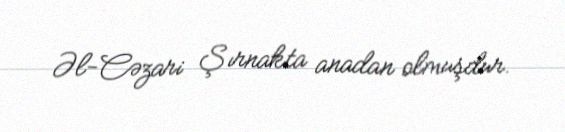
Əl-Cəzari Şırnakta anadan olmuşdur.